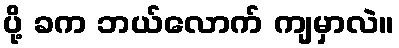
ပို့ ခက ဘယ်လောက် ကျမှာလဲ။